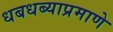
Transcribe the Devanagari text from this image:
धबधब्याप्रमाणे